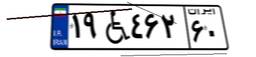
۱۹W۴۶۲۶۰